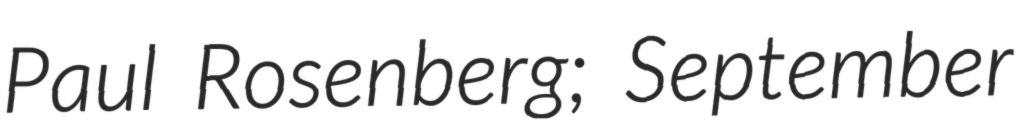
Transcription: Paul Rosenberg; September